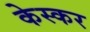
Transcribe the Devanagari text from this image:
केस्कर